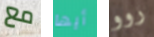
مع أيها روو